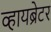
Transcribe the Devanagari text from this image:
व्हायब्रेटर